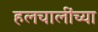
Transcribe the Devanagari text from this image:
हलचालींच्या